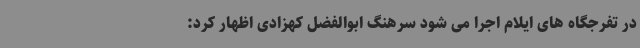
در تفرجگاه های ایلام اجرا می شود سرهنگ ابوالفضل کهزادی اظهار کرد: